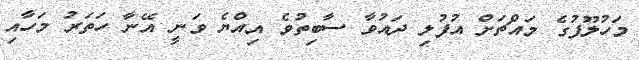
މަހުލޫފުގެ މައްޗަށް އުފުލި ދައުވާ ސާބިތުވެ އިއްޔެ ވަނީ އޭނާ ހަތަރު މަހާއި